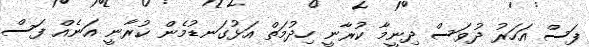
ފަސް އަހަރު ދުވަސް ދިނީމާ ކުރާނީ ހިދުމަތް އަޅުގަނޑުމެން ކުރާނީ އަނެއް ފަސް